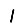
Digit: 1